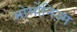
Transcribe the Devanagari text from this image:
मोर्मोनिज्‍़म